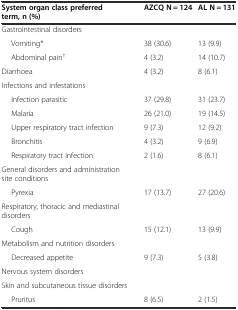
| System organ class preferred term, n (%) | AZCQ N = 124 | AL N = 131 |
 | --- | --- | --- |
 | Gastrointestinal disorders |  |  |
 | Vomiting* | 38 (30.6) | 13 (9.9) |
 | Abdominal pain† | 4 (3.2) | 14 (10.7) |
 | Diarrhoea | 4 (3.2) | 8 (6.1) |
 | Infections and infestations |  |  |
 | Infection parasitic | 37 (29.8) | 31 (23.7) |
 | Malaria | 26 (21.0) | 19 (14.5) |
 | Upper respiratory tract infection | 9 (7.3) | 12 (9.2) |
 | Bronchitis | 4 (3.2) | 9 (6.9) |
 | Respiratory tract infection | 2 (1.6) | 8 (6.1) |
 | General disorders and administration site conditions |  |  |
 | Pyrexia | 17 (13.7) | 27 (20.6) |
 | Respiratory, thoracic and mediastinal disorders |  |  |
 | Cough | 15 (12.1) | 13 (9.9) |
 | Metabolism and nutrition disorders |  |  |
 | Decreased appetite | 9 (7.3) | 5 (3.8) |
 | Nervous system disorders |  |  |
 | Skin and subcutaneous tissue disorders |  |  |
 | Pruritus | 8 (6.5) | 2 (1.5) |